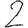
Digit: 2